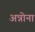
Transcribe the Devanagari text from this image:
अन्नोना